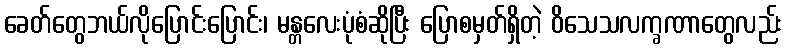
ခေတ်တွေဘယ်လိုပြောင်းပြောင်း၊ မန္တလေးပုံစံဆိုပြီး ပြောစမှတ်ရှိတဲ့ ဝိသေသလက္ခဏာတွေလည်း